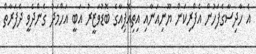
އެ ހާދިސާގެފަހުން އެފްރިކަން ޔޫނިއަނާއި އިތިއޮޕިއާގެ ބޮޑުވަޒީރު އަބީ އަހްމަދު ގެންދެވީ ދެފަރާތް